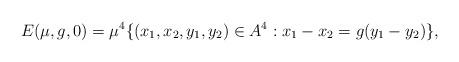
LaTeX: \begin{align*}E(\mu,g,0)=\mu^{4}\{(x_1,x_2,y_1,y_2)\in A^4: x_1-x_2=g(y_1-y_2) \},\end{align*}